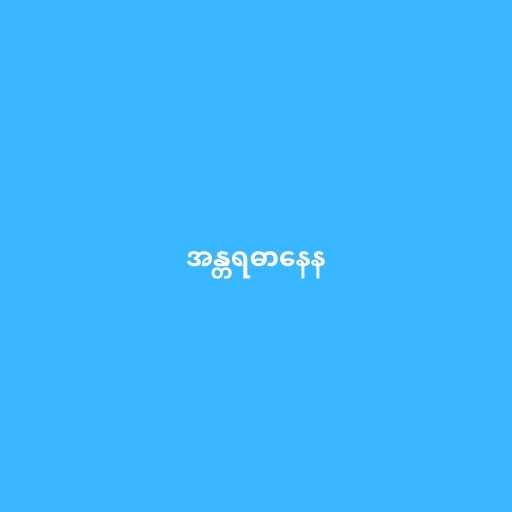
အန္တရဓာနေန